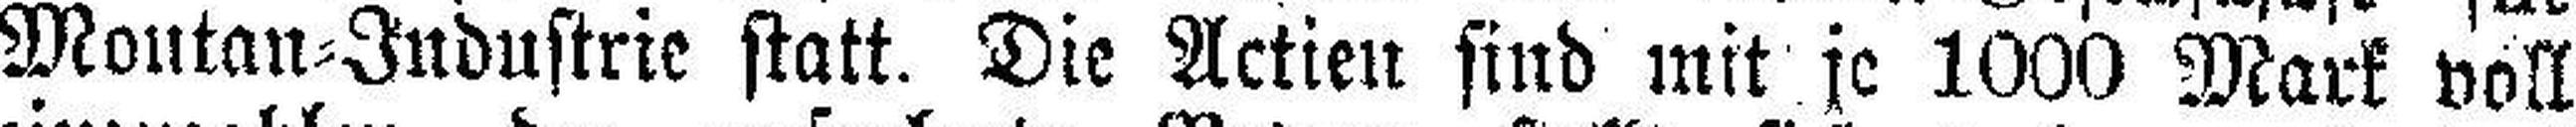
Montan=Industrie statt. Die Actien sind mit je 1000 Mark voll